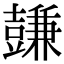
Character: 𧰋